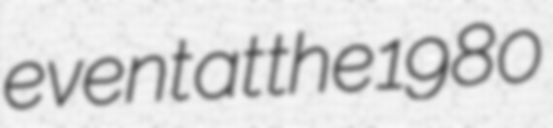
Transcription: event at the 1980